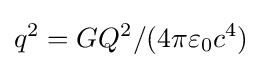
q^{2}=GQ^{2}/(4\pi \varepsilon _{0}c^{4})